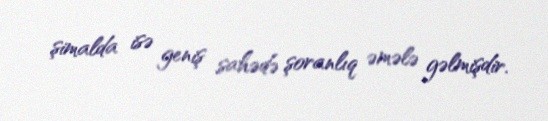
şimalda isə geniş sahədə şoranlıq əmələ gəlmişdir.